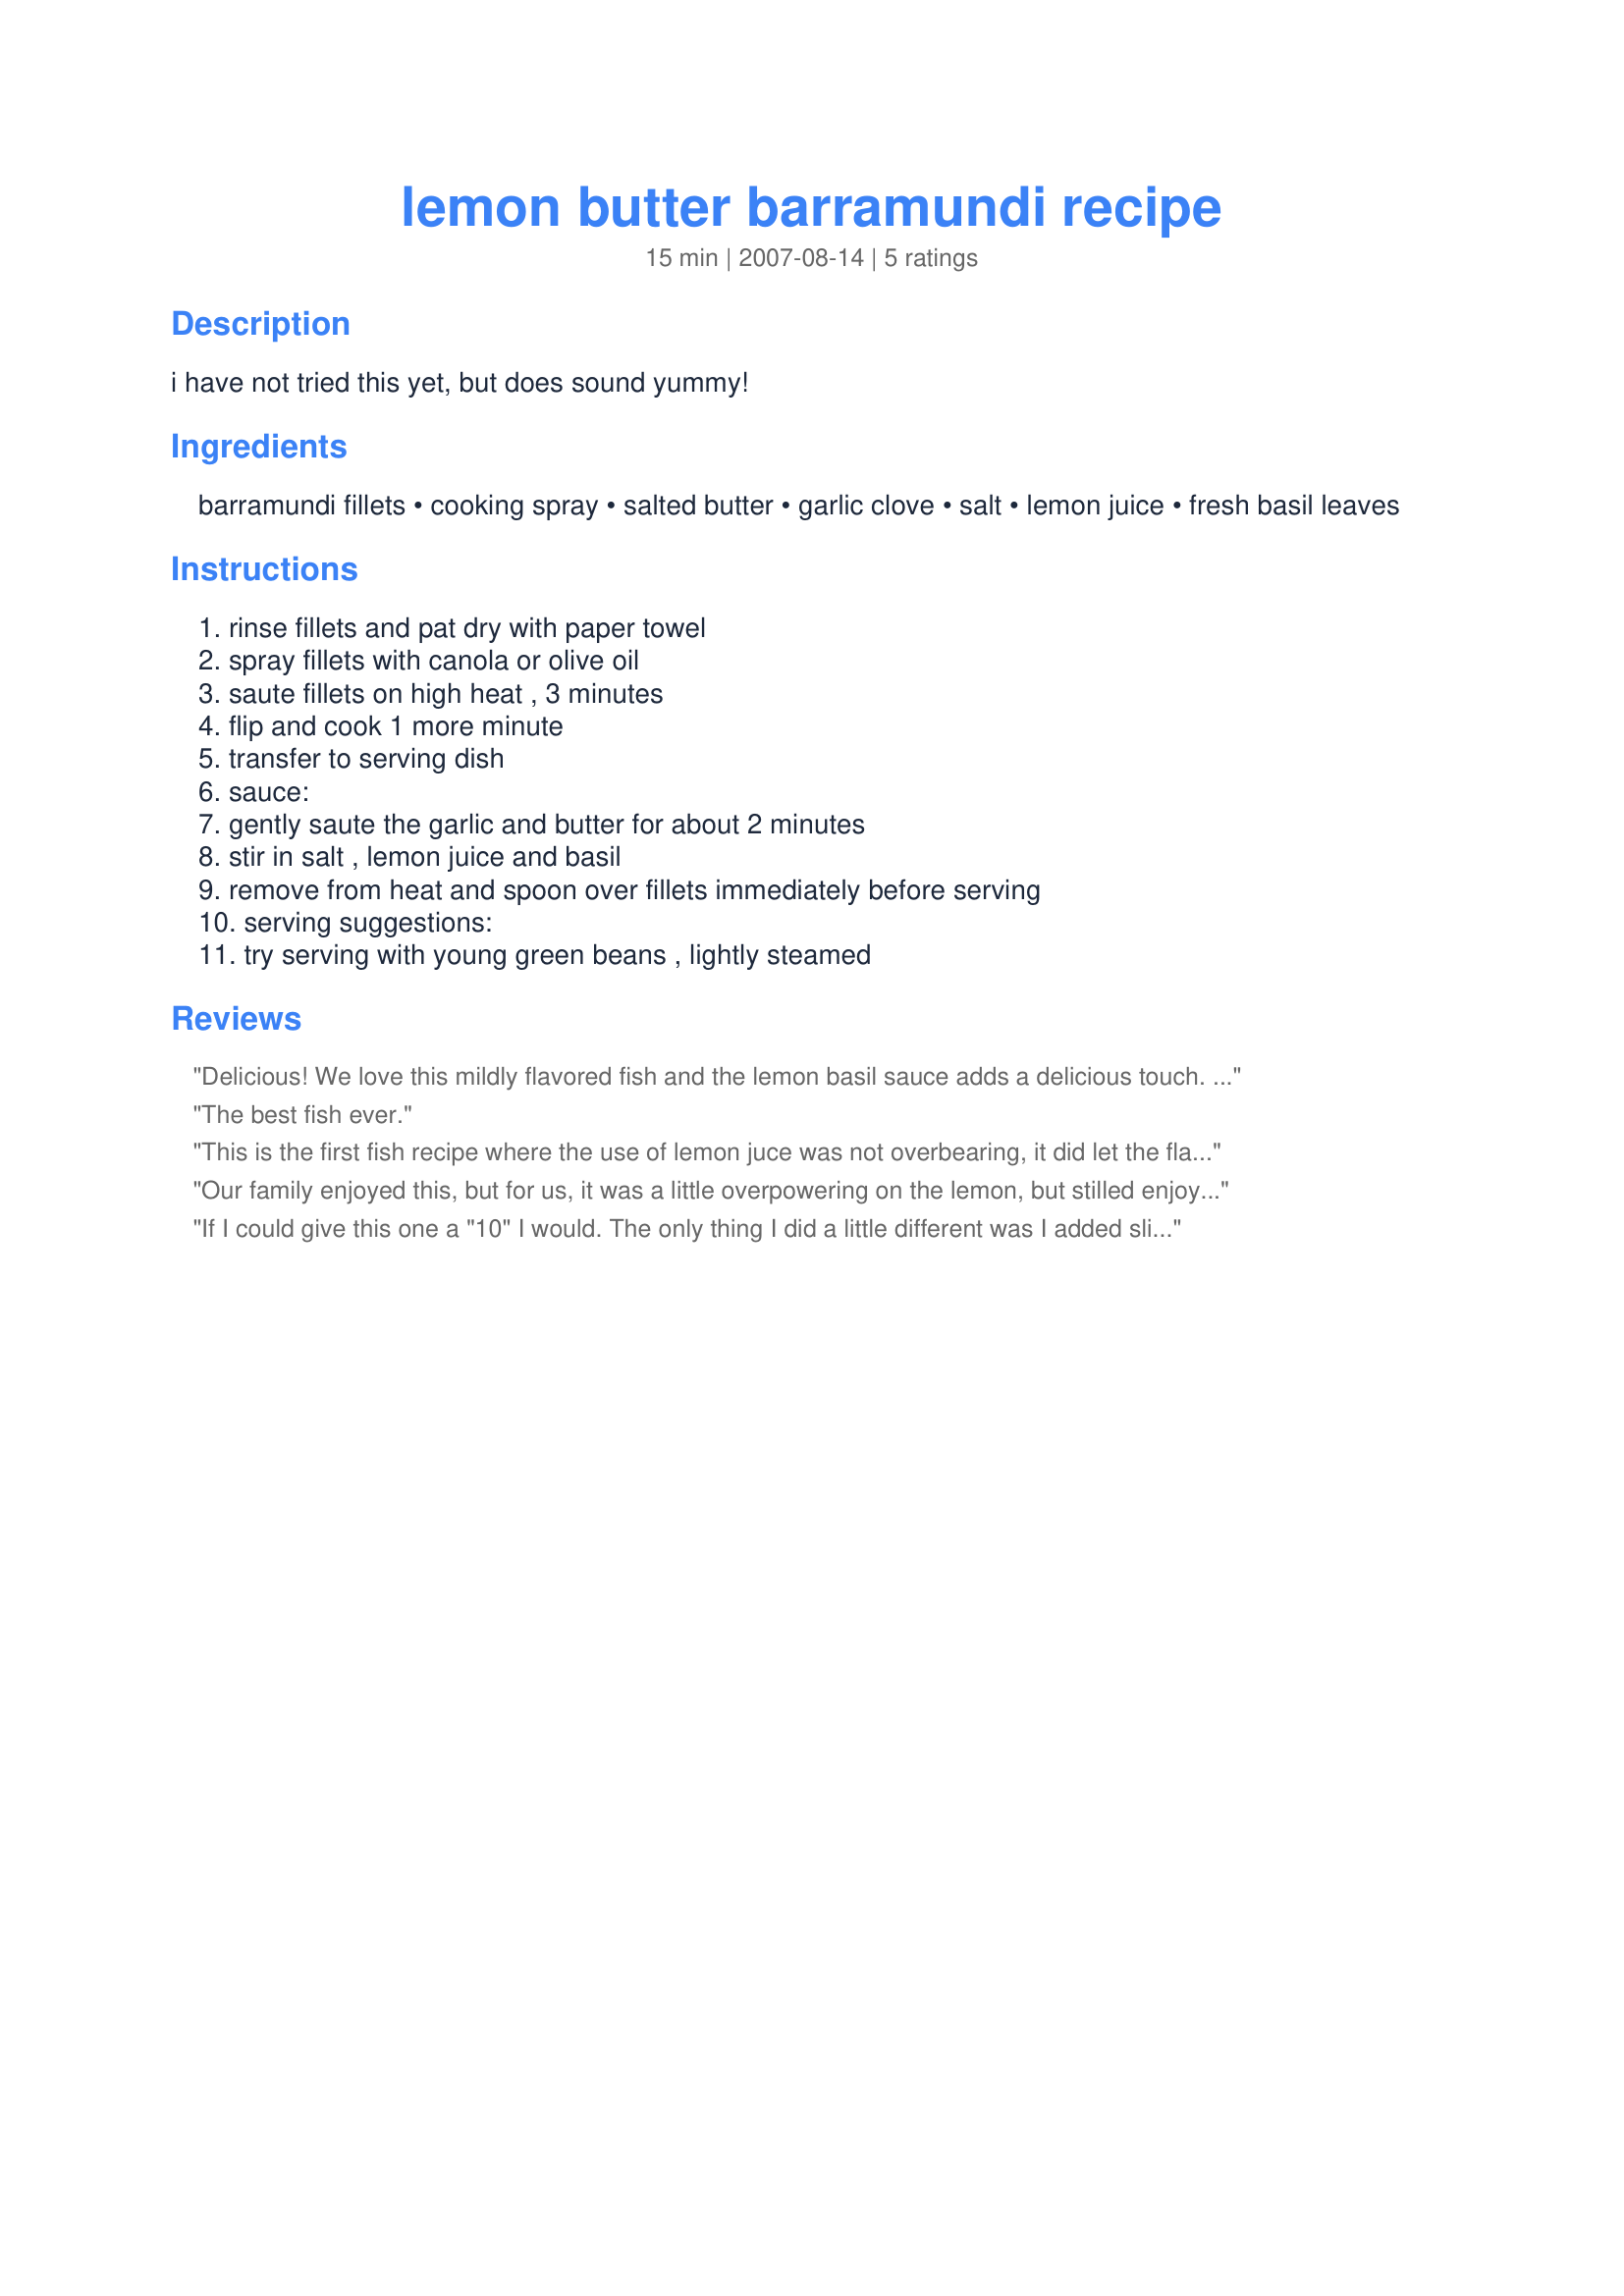
lemon butter barramundi recipe
Preparation time: 15 minutes

i have not tried this yet, but does sound yummy!

Ingredients:
barramundi fillets, cooking spray, salted butter, garlic clove, salt, lemon juice, fresh basil leaves

Steps:
rinse fillets and pat dry with paper towel, spray fillets with canola or olive oil, saute fillets on high heat , 3 minutes, flip and cook 1 more minute, transfer to serving dish, sauce:, gently saute the garlic and butter for about 2 minutes, stir in salt , lemon juice and basil, remove from heat and spoon over fillets immediately before serving, serving suggestions:, try serving with young green beans , lightly steamed

Reviews:
Delicious! We love this mildly flavored fish and the lemon basil sauce adds a delicious touch. I was afraid 3T lemon juice would be too much, as did previous reviewers, but used the full amount as they said it was just right. I agreed - it had a light lemon flavor but it wasn't overpowering. I used dried basil but look forward to trying fresh basil during the summer. I did omit the salt and did not miss it. Thanks for sharing!
The best fish ever.
This is the first fish recipe where the use of lemon juce was not overbearing, it did let the flavor of the fish come through! TooheyMomster really should try this dish.
Our family enjoyed this, but for us, it was a little overpowering on the lemon, but stilled enjoyed it immensely and will adjust the lemon next time to suite our taste. Really yummy.
If I could give this one a "10" I would. The only thing I did a little different was I added sliced almonds to the pan when I was making the sauce....and I didn't have any fresh basil so I used dried basil. I served this fish with a garden salad and steamed asaparagus. Absolutely marvelous.
